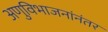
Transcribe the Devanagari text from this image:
अणुविभाजनांनंतर